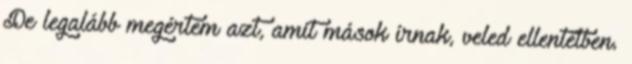
De legalább megértem azt, amit mások írnak, veled ellentétben.